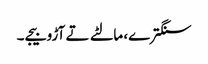
سنگترے، مالٹے تے آڑو بیجے۔